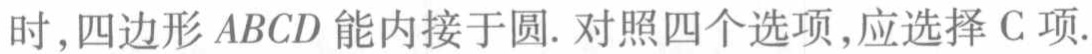
时,四边形 \(ABCD\) 能内接于圆. 对照四个选项,应选择 C 项.